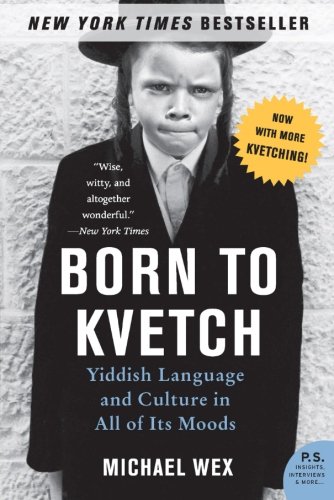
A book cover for Born to Kvetch: Yiddish Language and Culture in All of Its Moods (P.S.); Michael Wex; History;